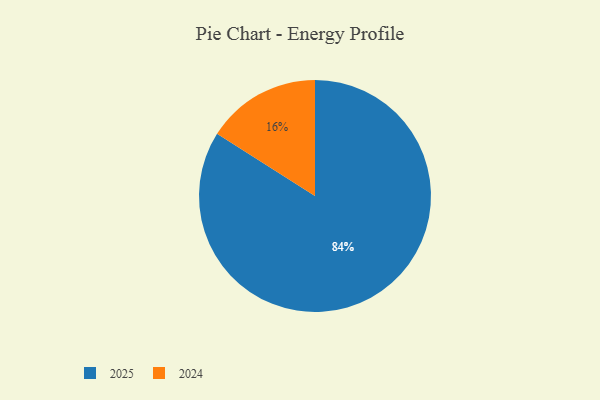
{"axis": {"x": "Category", "y": "Percentage"}, "legend": ["2024", "2025"], "data": [{"x": "2024", "y": 16, "type": "2024"}, {"x": "2025", "y": 84, "type": "2025"}]}